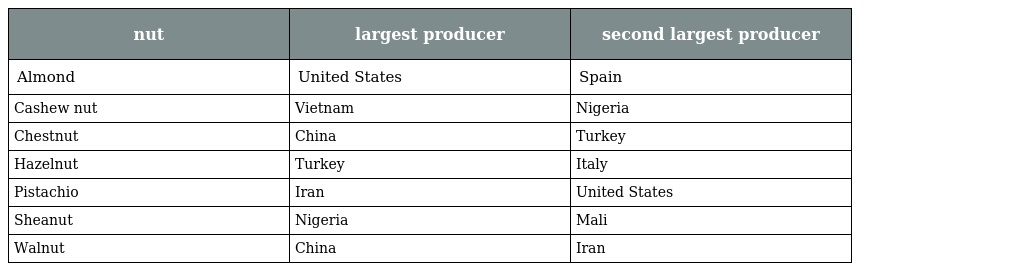
| nut | largest producer | second largest producer |
 | --- | --- | --- |
 | Almond | United States | Spain |
 | Cashew nut | Vietnam | Nigeria |
 | Chestnut | China | Turkey |
 | Hazelnut | Turkey | Italy |
 | Pistachio | Iran | United States |
 | Sheanut | Nigeria | Mali |
 | Walnut | China | Iran |